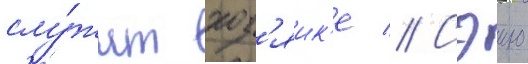
слу́жит хоз'яик'е // Сэию